Rangoon Lunatic Asylum 1878-1892 - 1878-1892
Year: 1878
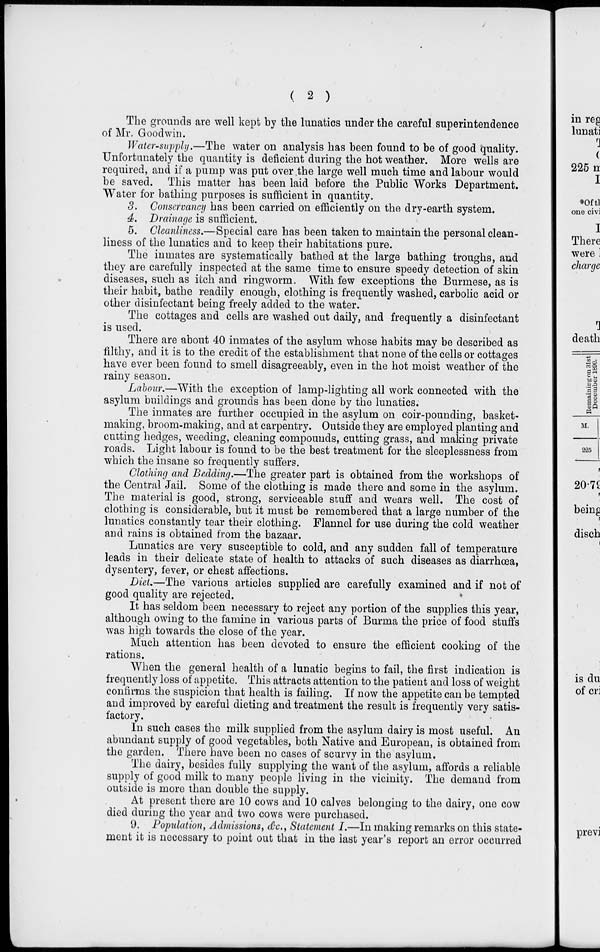
( 2 )
The grounds are well kept by the lunatics under the careful superintendence
of Mr. Goodwin.
Water-supply.—The water on analysis has been found to be of good quality.
Unfortunately the quantity is deficient during the hot weather. More wells are
required, and if a pump was put over the large well much time and labour would
be saved. This matter has been laid before the Public Works Department.
Water for bathing purposes is sufficient in quantity.
3. Conservancy has been carried on efficiently on the dry-earth system.
4. Drainage is sufficient.
5. Cleanliness.—Special care has been taken to maintain the personal clean-
liness of the lunatics and to keep their habitations pure.
The inmates are systematically bathed at the large bathing troughs, and
they are carefully inspected at the same time to ensure speedy detection of skin
diseases, such as itch and ringworm. With few exceptions the Burmese, as is
their habit, bathe readily enough, clothing is frequently washed, carbolic acid or
other disinfectant being freely added to the water.
The cottages and cells are washed out daily, and frequently a disinfectant
is used.
There are about 40 inmates of the asylum whose habits may be described as
filthy, and it is to the credit of the establishment that none of the cells or cottages
have ever been found to smell disagreeably, even in the hot moist weather of the
rainy season.
Labour.—With the exception of lamp-lighting all work connected with the
asylum buildings and grounds has been done by the lunatics.
The inmates are further occupied in the asylum on coir-pounding, basket-
making, broom-making, and at carpentry. Outside they are employed planting and
cutting hedges, weeding, cleaning compounds, cutting grass, and making private
roads. Light labour is found to be the best treatment for the sleeplessness from
which the insane so frequently suffers.
Clothing and Bedding.—The greater part is obtained from the workshops of
the Central Jail. Some of the clothing is made there and some in the asylum.
The material is good, strong, serviceable stuff and wears well. The cost of
clothing is considerable, but it must be remembered that a large number of the
lunatics constantly tear their clothing. Flannel for use during the cold weather
and rains is obtained from the bazaar.
Lunatics are very susceptible to cold, and any sudden fall of temperature
leads in their delicate state of health to attacks of such diseases as diarrhœa,
dysentery, fever, or chest affections.
Diet.—The various articles supplied are carefully examined and if not of
good quality are rejected.
It has seldom been necessary to reject any portion of the supplies this year,
although owing to the famine in various parts of Burma the price of food stuffs
was high towards the close of the year.
Much attention has been devoted to ensure the efficient cooking of the
rations.
When the general health of a lunatic begins to fail, the first indication is
frequently loss of appetite. This attracts attention to the patient and loss of weight
confirms the suspicion that health is failing. If now the appetite can be tempted
and improved by careful dieting and treatment the result is frequently very satis-
factory.
In such cases the milk supplied from the asylum dairy is most useful. An
abundant supply of good vegetables, both Native and European, is obtained from
the garden. There have been no cases of scurvy in the asylum.
The dairy, besides fully supplying the want of the asylum, affords a reliable
supply of good milk to many people living in the vicinity. The demand from
outside is more than double the supply.
At present there are 10 cows and 10 calves belonging to the dairy, one cow
died during the year and two cows were purchased.
9. Population, Admissions, &c., Statement I.—In making remarks on this state-
ment it is necessary to point out that in the last year's report an error occurred